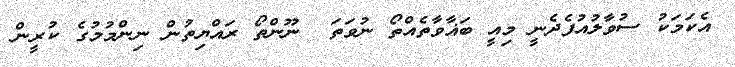
އެކަމަކު ސުވާލުއުފެދެނީ މިއީ ބަޣާވާތެއްތޯ ނުވަތަ  ނޫންތޯ ރައްޔިތުން ނިންމުމުގެ ކުރީން